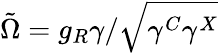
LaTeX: \tilde{\Omega}=g_{R}\gamma/\sqrt{\gamma^{C}\gamma^{X}}